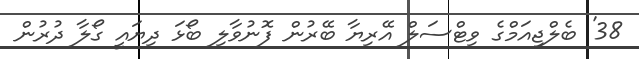
38' ބެލްޖިއަމްގެ ވިޓްސަލް އޭރިޔާ ބޭރުން ފޮނުވާލި ބޯޅަ ދިޔައީ ގޯލާ ދުރުން